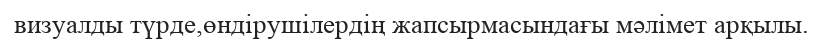
визуалды түрде,өндірушілердің жапсырмасындағы мәлімет арқылы.